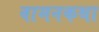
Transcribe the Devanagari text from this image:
वामनकथा